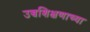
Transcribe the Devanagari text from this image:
उच्चशिक्षणाच्या